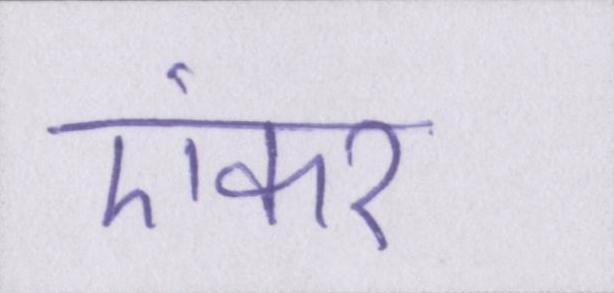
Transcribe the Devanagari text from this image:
एंकर